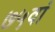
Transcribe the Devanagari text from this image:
७५वां